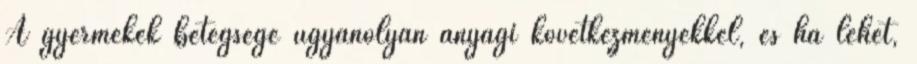
A gyermekek betegsége ugyanolyan anyagi következményekkel, és ha lehet,